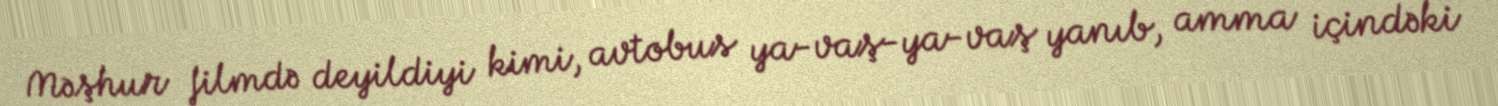
Məşhur filmdə deyildiyi kimi, avtobus ya-vaş-ya-vaş yanıb, amma içindəki